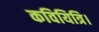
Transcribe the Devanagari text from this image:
कवियित्रि।